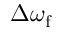
\Delta \omega _ { \mathrm { f } }